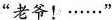
”老爷！······”